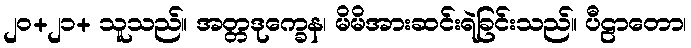
၂၀+၂၁+ သူသည်။ အတ္တဒုက္ခေန၊ မိမိအားဆင်းရဲခြင်းသည်။ ပီဠာတော၊